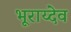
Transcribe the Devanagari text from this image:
भूराय्देव